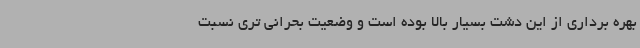
بهره برداری از این دشت بسیار بالا بوده است و وضعیت بحرانی تری نسبت